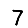
Digit: 7